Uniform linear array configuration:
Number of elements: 4
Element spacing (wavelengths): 0.75
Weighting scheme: exponential
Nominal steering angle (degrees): -45
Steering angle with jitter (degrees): -45.704
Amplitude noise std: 0.05
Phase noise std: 0.05

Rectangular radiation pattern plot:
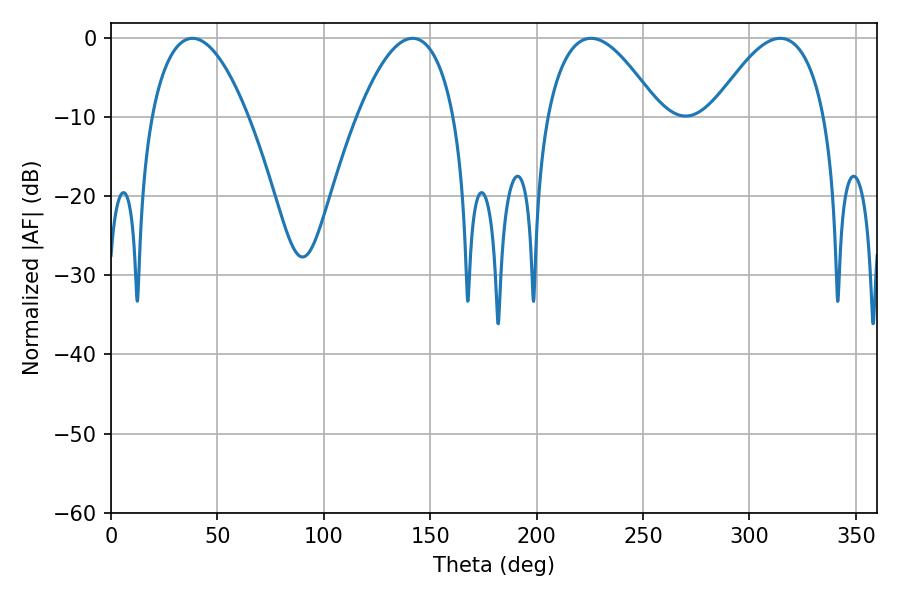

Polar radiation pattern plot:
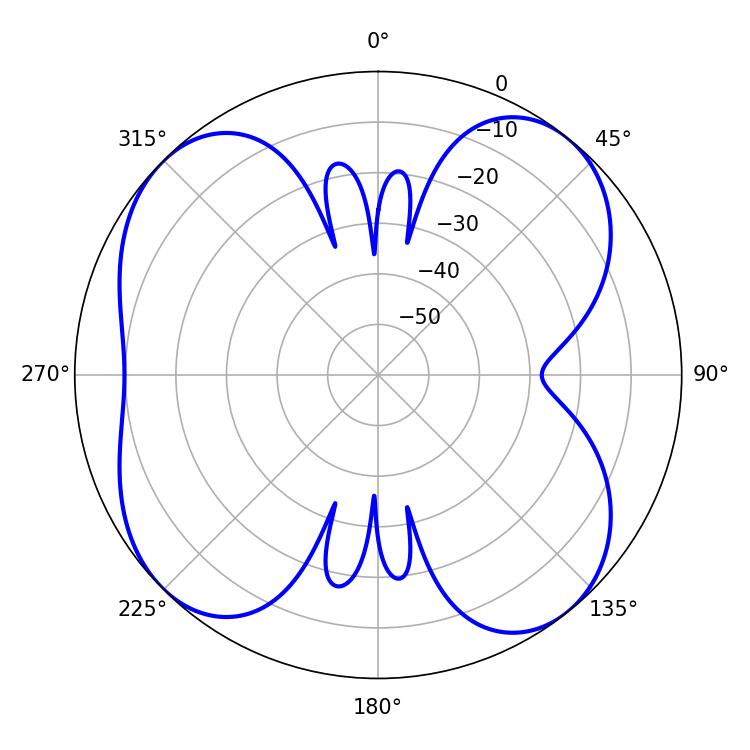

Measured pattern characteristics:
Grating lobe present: TRUE
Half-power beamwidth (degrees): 28.98
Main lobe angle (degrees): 225.54